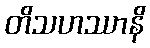
တိသဟဿာနိ